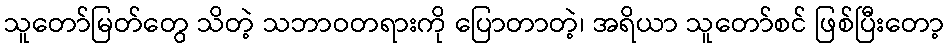
သူတော်မြတ်တွေ သိတဲ့ သဘာဝတရားကို ပြောတာတဲ့၊ အရိယာ သူတော်စင် ဖြစ်ပြီးတော့